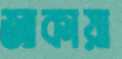
জাকায়া